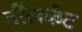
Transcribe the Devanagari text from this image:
नीलकंट